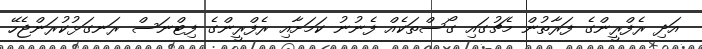
އަދި ރެފްރީންގެ ފަރާތުން މެޗުގައި ގޯސްތަކެއް ފެނުނު ކަމަށާއި ރެފްރީންގެ ފިޓްނަސް ރަނގަޅުކުރަންޖެހޭ